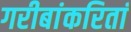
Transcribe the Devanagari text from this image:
गरीबांकरितां